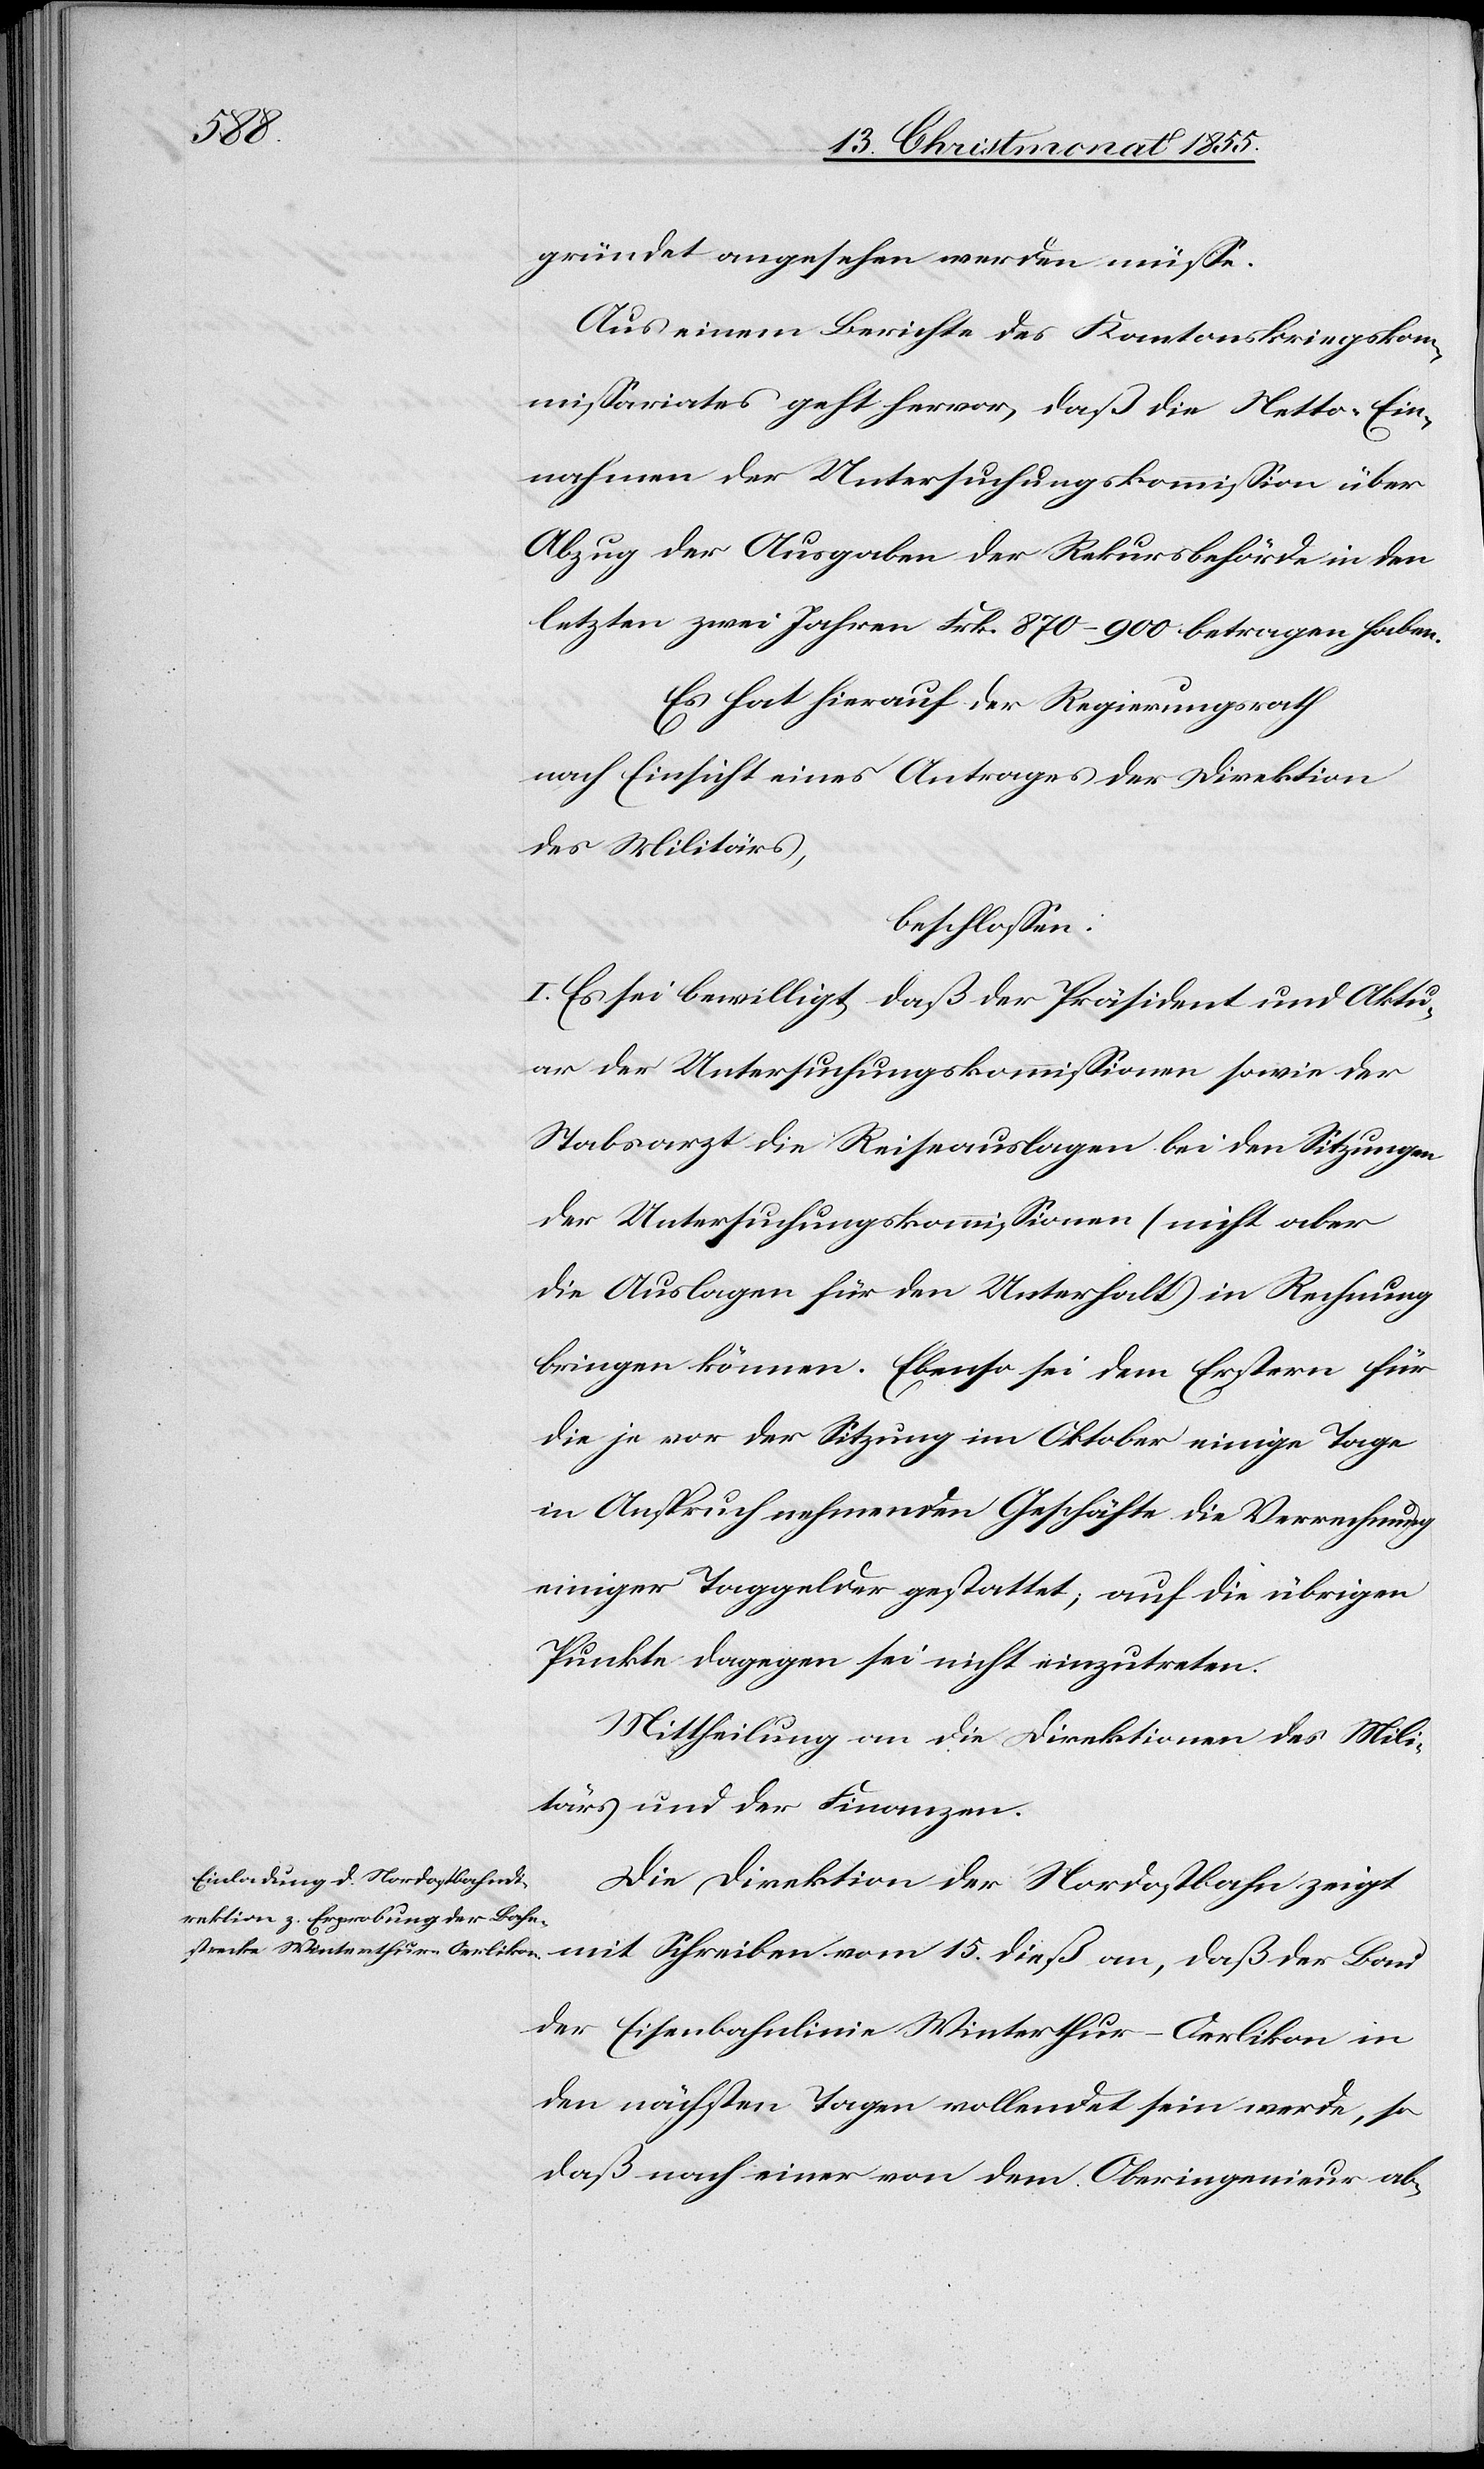
18. Christmonat 1855.]
gründet angesehen werden müsse.
Aus einem Berichte des Kantonskriegskom¬
missariates geht hervor, daß die Netto-Ein¬
nahmen der Untersuchungskommission über
Abzug der Ausgaben der Rekursbehörde in den
letzten zwei Jahren Frk. 870–900 betragen haben.
Es hat hierauf der Regierungsrath
nach Einsicht eines Antrages der Direktion
des Militärs,
beschlossen:
I. Es sei bewilligt, daß der Präsident und Aktu¬
ar der Untersuchungskommissionen sowie der
Stabsarzt die Reiseauslagen bei den Sitzungen
der Untersuchungskommissionen (nicht aber
die Auslagen für den Unterhalt in Rechnung
bringen können. Ebenso sei dem Erstern für
die je vor der Sitzung im Oktober einige Tage
in Anspruch nehmenden Geschäfte die Verrechnung
einiger Taggelder gestattet; auf die übrigen
Punkte dagegen sei nicht einzutreten.
Mittheilung an die Direktionen des Mili¬
tärs und der Finanzen.
Die Direktion der Nordostbahn zeigt
mit Schreiben vom 15. dieß an, daß der Bau
der Eisenbahnlinie Winterthur–Oerlikon in
den nächsten Tagen vollendet sein werde, so
daß nach einer von dem Oberingenieur ab-